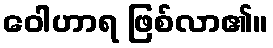
ဝေါဟာရ ဖြစ်လာ၏။